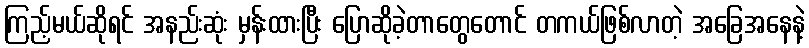
ကြည့်မယ်ဆိုရင် အနည်းဆုံး မှန်းထားပြီး ပြောဆိုခဲ့တာတွေတောင် တကယ်ဖြစ်လာတဲ့ အခြေအနေနဲ့